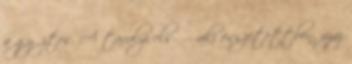
a győztes. A tavalyi első – aki összetettben, azaz